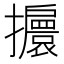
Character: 𢹞